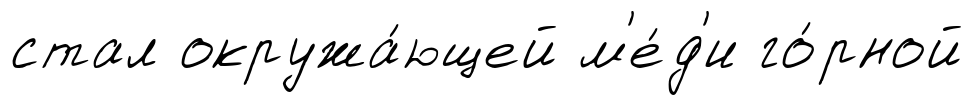
стал окружа́ющей м'е́д'и го́рной